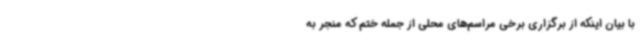
با بیان اینکه از برگزاری برخی مراسم‌های محلی از جمله ختم که منجر به